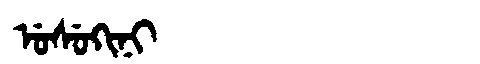
Manchu: ᡠᠰᡠᡴᡳᠨᡳ
Romanization: USUKINI